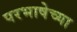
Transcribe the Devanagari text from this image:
परभाषेच्या